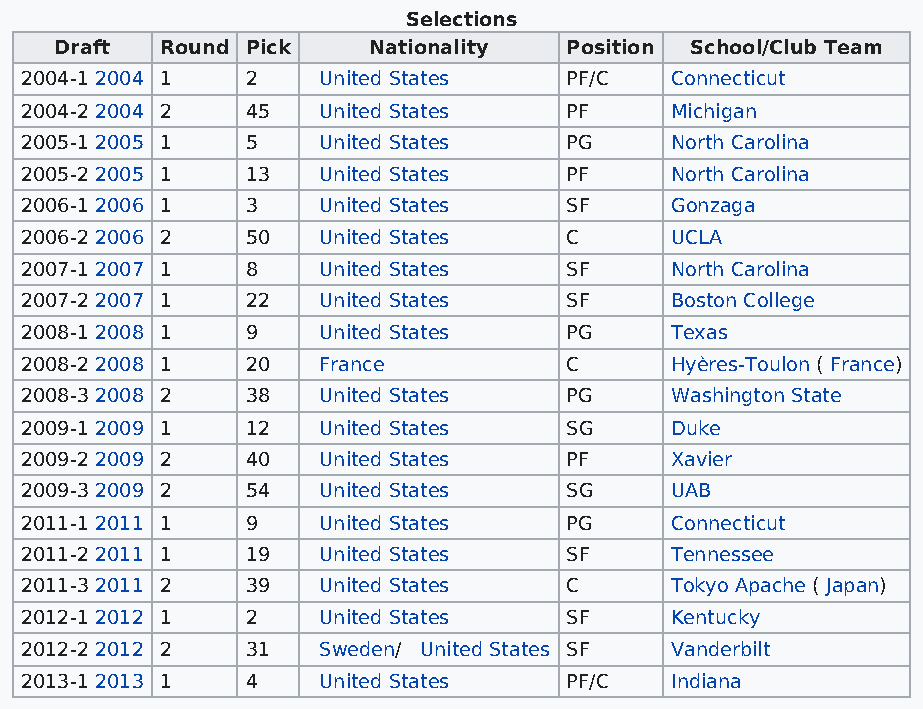
Selections
 Draft  Round Pick   Nationality   Position School/Club Team
 2004-1 2004 1  2    United States    PF/C  Connecticut
 2004-2 2004 2  45   United States    PF    Michigan
 2005-1 2005 1  5    United States    PG    North Carolina
 2005-2 2005 1  13   United States    PF    North Carolina
 2006-1 2006 1  3    United States    SF    Gonzaga
 2006-2 2006 2  50   United States    C     UCLA
 2007-1 2007 1  8    United States    SF    North Carolina
 2007-2 2007 1  22   United States    SF    Boston College
 2008-1 2008 1  9    United States    PG    Texas
 2008-2 2008 1  20   France           C     Hyères-Toulon ( France)
 2008-3 2008 2  38   United States    PG    Washington State
 2009-1 2009 1  12   United States    SG    Duke
 2009-2 2009 2  40   United States    PF    Xavier
 2009-3 2009 2  54   United States    SG    UAB
 2011-1 2011 1  9    United States    PG    Connecticut
 2011-2 2011 1  19   United States    SF    Tennessee
 2011-3 2011 2  39   United States    C     Tokyo Apache ( Japan)
 2012-1 2012 1  2    United States    SF    Kentucky
 2012-2 2012 2  31   Sweden/ United States SF Vanderbilt
 2013-1 2013 1  4    United States    PF/C  Indiana